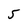
Character: 5